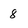
Character: 8